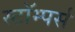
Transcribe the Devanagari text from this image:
स्टॉम्पर्स